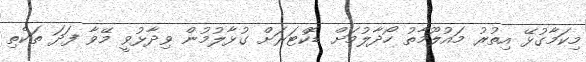
މިކަމާގުޅޭ އިތުރު މައުލޫމާތު ހޯދާލުމަށް ޑޮކްޓަރަށް ގުޅާލުމުން ވިދާޅުވީ މޭވާ ފަދަ ތަކެތި